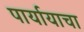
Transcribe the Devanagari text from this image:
पार्यायाचा